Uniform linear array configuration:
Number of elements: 8
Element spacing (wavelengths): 1
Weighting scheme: cosine
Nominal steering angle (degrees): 15
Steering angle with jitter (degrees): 15.656
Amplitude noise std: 0.05
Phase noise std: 0.05

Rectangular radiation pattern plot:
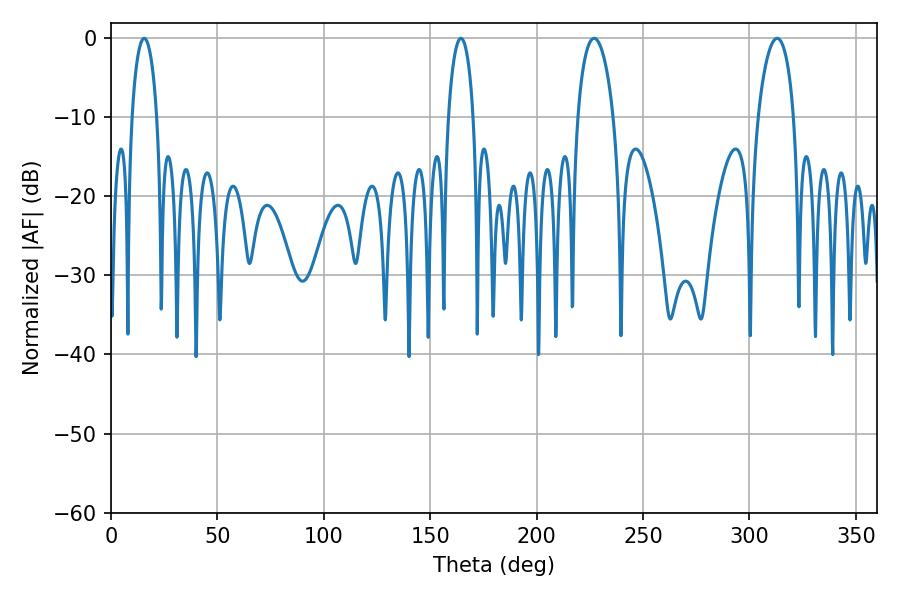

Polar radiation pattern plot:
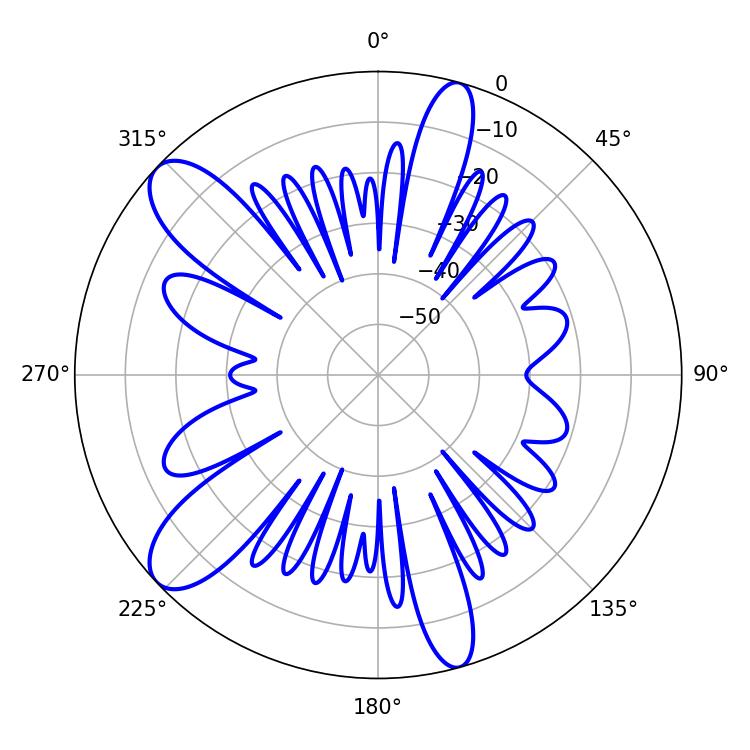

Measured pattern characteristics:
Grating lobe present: TRUE
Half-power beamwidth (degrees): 9.54
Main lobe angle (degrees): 226.98